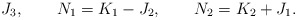
\begin{align*}J_{3} , \qquad N_{1} = K_{1} - J_{2} , \qquad N_{2} = K_{2} + J_{1} .\end{align*}